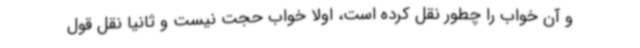
و آن خواب را چطور نقل کرده است، اولا خواب حجت نیست و ثانیا نقل قول